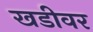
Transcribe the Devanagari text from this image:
खडीवर